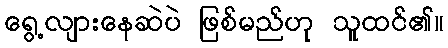
ရွေ့လျားနေဆဲပဲ ဖြစ်မည်ဟု သူထင်၏။